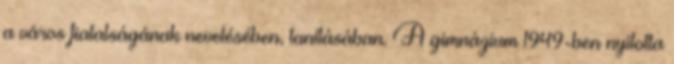
a város fiatalságának nevelésében, tanításában. A gimnázium 1949-ben nyitotta